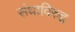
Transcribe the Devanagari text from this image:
संघाविरुद्द